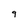
Character: 9